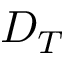
D _ { T }